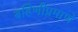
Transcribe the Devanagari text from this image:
बहिणीप्रमाणे